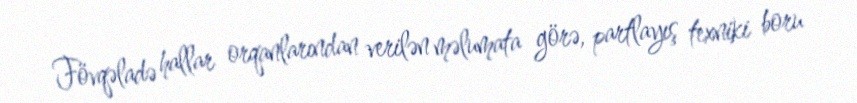
Fövqəladə hallar orqanlarından verilən məlumata görə, partlayış texniki boru